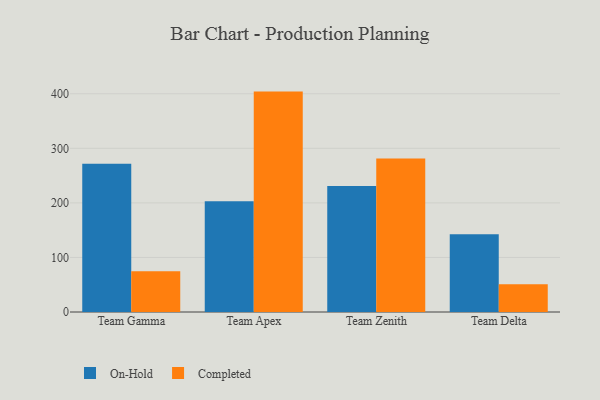
{"axis": {"x": "Team", "y": "Active Users"}, "legend": ["Completed", "On-Hold"], "data": [{"x": "Team Gamma", "y": 271.7, "type": "On-Hold"}, {"x": "Team Gamma", "y": 74.7, "type": "Completed"}, {"x": "Team Apex", "y": 203.2, "type": "On-Hold"}, {"x": "Team Apex", "y": 404.0, "type": "Completed"}, {"x": "Team Zenith", "y": 230.8, "type": "On-Hold"}, {"x": "Team Zenith", "y": 281.3, "type": "Completed"}, {"x": "Team Delta", "y": 142.6, "type": "On-Hold"}, {"x": "Team Delta", "y": 50.7, "type": "Completed"}]}